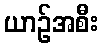
ယာဉ်အစီး